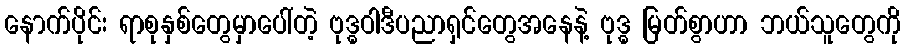
နောက်ပိုင်း ရာစုနှစ်တွေမှာပေါ်တဲ့ ဗုဒ္ဓဝါဒီပညာရှင်တွေအနေနဲ့ ဗုဒ္ဓ မြတ်စွာဟာ ဘယ်သူတွေကို